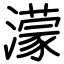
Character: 濛